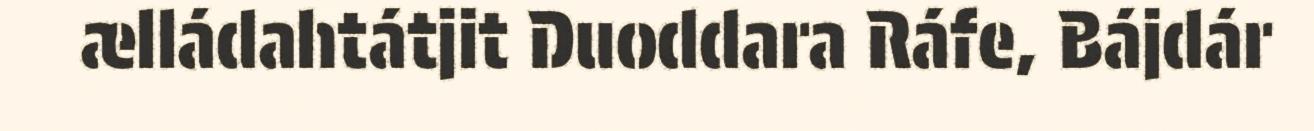
ælládahtátjit Duoddara Ráfe, Bájdár